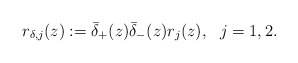
\begin{align*}r_{\delta,j}(z):=\bar{\delta}_+(z) \bar{\delta}_-(z) r_{j}(z), \ \ j=1,2.\end{align*}